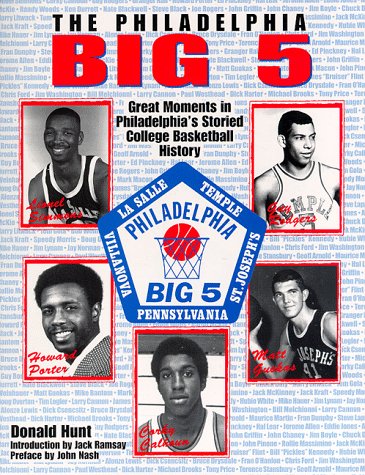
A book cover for The Philadelphia Big 5; Donald Hunt; Sports & Outdoors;